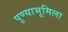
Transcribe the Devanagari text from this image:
पुण्याभूमिला